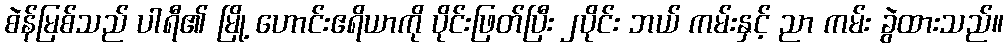
စဲန်မြစ်သည် ပါရီ၏ မြို့ ဟောင်းဧရိယာကို ပိုင်းဖြတ်ပြီး ၂ပိုင်း ဘယ် ကမ်းနှင့် ညာ ကမ်း ခွဲထားသည်။